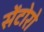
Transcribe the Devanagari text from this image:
सेंटोरो